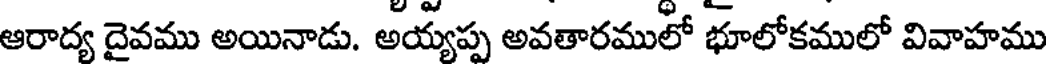
ఆరాద్య దైవము అయినాడు. అయ్యప్ప అవతారములో భూలోకములో వివాహము